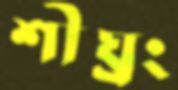
শীঘ্রং